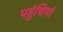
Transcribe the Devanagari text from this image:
पहुंचियां